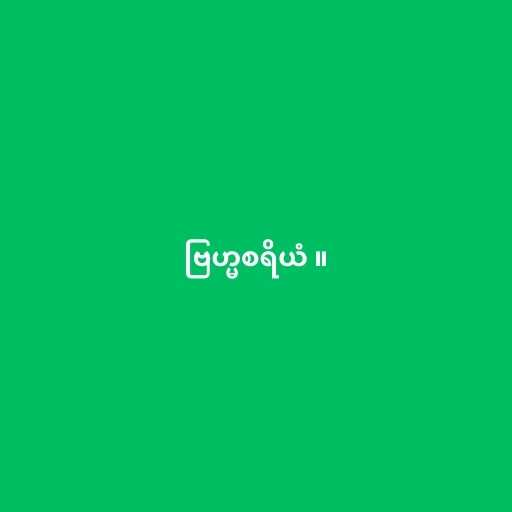
ဗြဟ္မစရိယံ ။